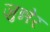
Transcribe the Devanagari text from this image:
जुन्नेर